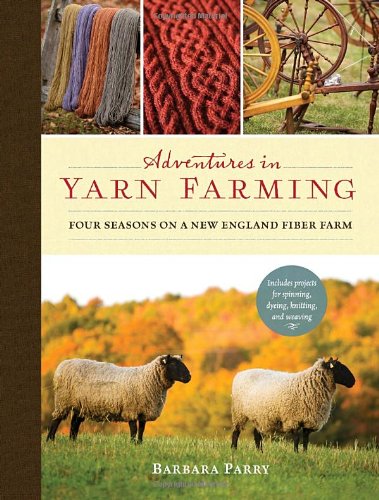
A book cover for Adventures in Yarn Farming: Four Seasons on a New England Fiber Farm; Barbara Parry; Humor & Entertainment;